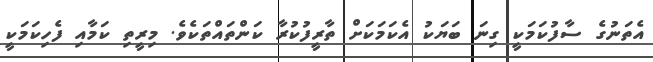
އެތަނުގެ ސާފުކަމަކީ ގިނަ ބަޔަކު އެކަމަކަށް ތާރީފުކުރާ ކަންތައްތަކެެވެ. މިރީތި ކަމާއި ފެހިކަމަކީ